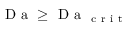
\mathrm { ~ D ~ a ~ } \geq \mathrm { ~ D ~ a ~ } _ { \mathrm { ~ c ~ r ~ i ~ t ~ } }